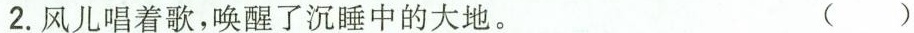
2.风儿唱着歌，唤醒了沉睡中的大地。 ( )